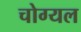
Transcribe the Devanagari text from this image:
चोग्यल